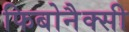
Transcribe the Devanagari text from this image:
फिबोनैक्सी